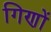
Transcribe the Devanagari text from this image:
गिणों